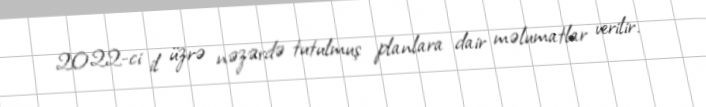
2022-ci il üzrə nəzərdə tutulmuş planlara dair məlumatlar verilir.